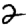
Digit: 2